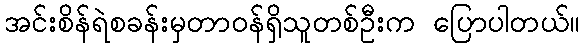
အင်းစိန်ရဲစခန်းမှတာဝန်ရှိသူတစ်ဦးက ပြောပါတယ်။